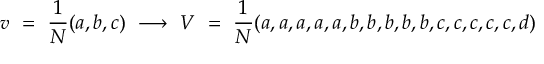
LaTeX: v \ = \ { \frac { 1 } { N } } ( a , b , c ) \ \longrightarrow \ V \ = \ { \frac { 1 } { N } } ( a , a , a , a , a , b , b , b , b , b , c , c , c , c , c , d )